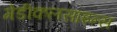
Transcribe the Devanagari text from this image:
मेडीकलसाइन्स